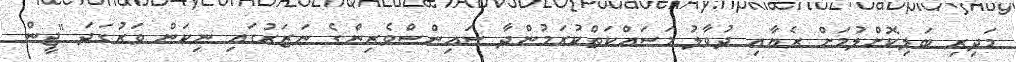
މަދިރި ބަލިކޮށްލުމަށް ރެޔާއި ދުވާލު މަސައްކަތްކުރަމުންދާ ސައިންސްވެރިންގެ ނަޒަރުގައި ނިކަން ވަރުގަދަ "ޖީން